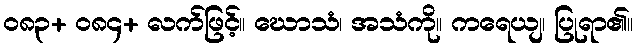
၀၈၃+ ၀၈၄+ လက်ဖြင့်။ ဃောသံ၊ အသံကို။ ကရေယျ၊ ပြုရာ၏။